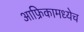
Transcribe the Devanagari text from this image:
आफ्रिकामध्येच